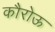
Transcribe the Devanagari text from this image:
कौरोऊ